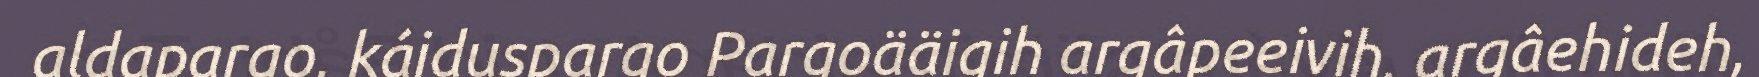
aldapargo, káiduspargo Pargoääigih argâpeeivih, argâehideh,